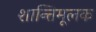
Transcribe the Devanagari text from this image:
शान्तिमूलक